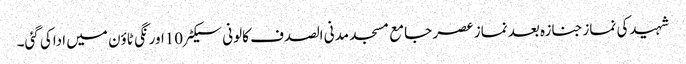
شہیدکی نمازجنازہ بعد نماز عصر جامع مسجد مدنی الصدف کالونی سیکٹر10اورنگی ٹاؤن میں اداکی گئی۔